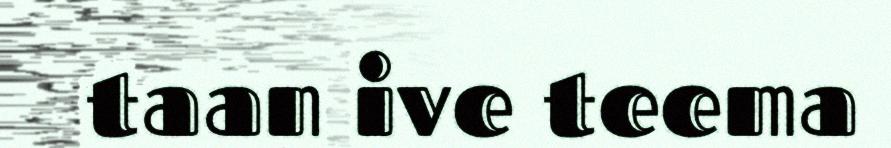
taan ive teema